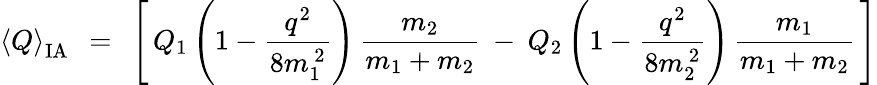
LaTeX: \left<Q\right>_{\mathrm{IA}}\: \: =\: \: \left[\, Q_{1}\left(1-\frac{q^{2}}{8m_{1}^{\, 2}}\right)\, \frac{m_{2}}{m_{1}+m_{2}}\: -\: Q_{2}\left(1-\frac{q^{2}}{8m_{2}^{\, 2}}\right)\, \frac{m_{1}}{m_{1}+m_{2}}\, \right]